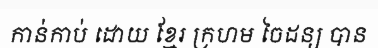
កាន់កាប់ ដោយ ខ្មែរ ក្រហម ចៃដន្យ បាន